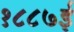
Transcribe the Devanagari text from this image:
१८८७ई